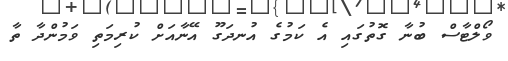
ވޯލްޓާސް ބުނާ ގޮތުގައި އެ ކަމުގެ އުނދަގޫ އޭނާއަށް ކުރިމަތި ވަމުންދާ ތާ